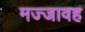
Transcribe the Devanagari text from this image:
मज्जावह